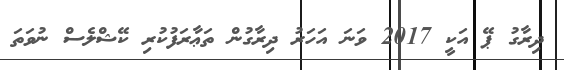
ދިރާގު ޕޭ އަކީ 2017 ވަނަ އަހަރު ދިރާގުން ތަޢާރަފުކުރި ކޭޝްލެސް ނުވަތަ